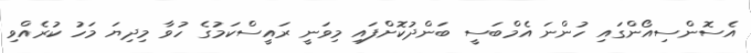
އެސޮންސިއޯންގައި ހުންނަ އެމްބަސީ ބަންދުކޮށްފައި މިވަނީ ރައީސްކަމުގެ ހުވާ މިދިޔަ މަހު ކުރެއްވި